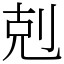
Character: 剋